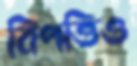
বিপত্তিও